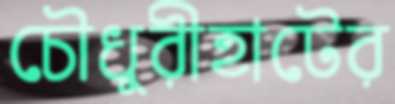
চৌধুরীহাটের